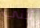
أنني